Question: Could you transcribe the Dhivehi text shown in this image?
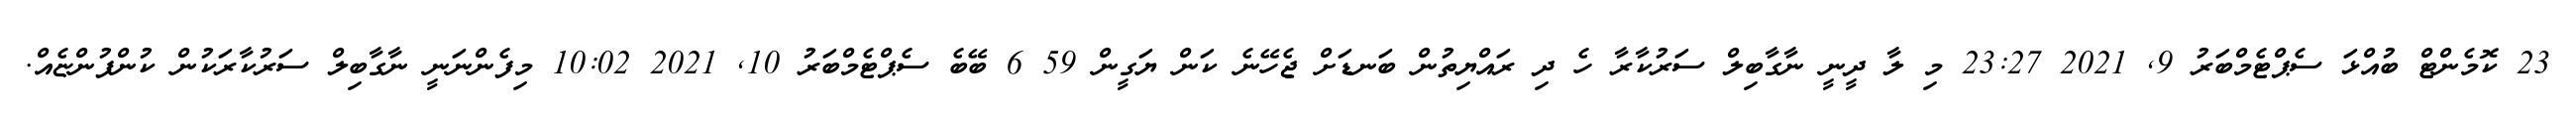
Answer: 23 ކޮމެންޓް ބުއްޅަ ސެޕްޓެމްބަރު 9, 2021 23:27 މި ލާ ދީނީ ނާގާބިލް ސަރުކާރާ ހެ ދި ރައްޔިތުން ބަނޑަށް ޖެހޭނެ ކަން ޔަގީން 59 6 ބޭބެ ސެޕްޓެމްބަރު 10, 2021 10:02 މިފެންނަނީ ނާގާބިލް ސަރުކާރަކުން ކުންފުންޏެއް.